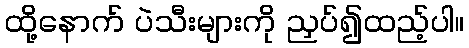
ထို့နောက် ပဲသီးများကို ညှပ်၍ထည့်ပါ။